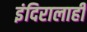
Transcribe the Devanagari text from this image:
इंदिरालाही